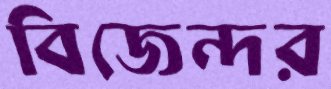
বিজেন্দর